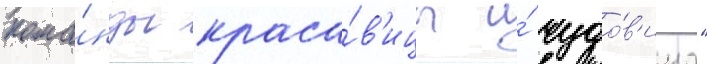
кома́нды краса́в'ицы и́ чудо́в'ища"